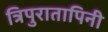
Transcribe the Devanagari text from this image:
त्रिपुरातापिनी